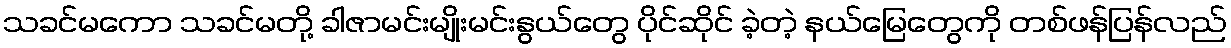
သခင်မကော သခင်မတို့ ခါဇာမင်းမျိုးမင်းနွယ်တွေ ပိုင်ဆိုင် ခဲ့တဲ့ နယ်မြေတွေကို တစ်ဖန်ပြန်လည်